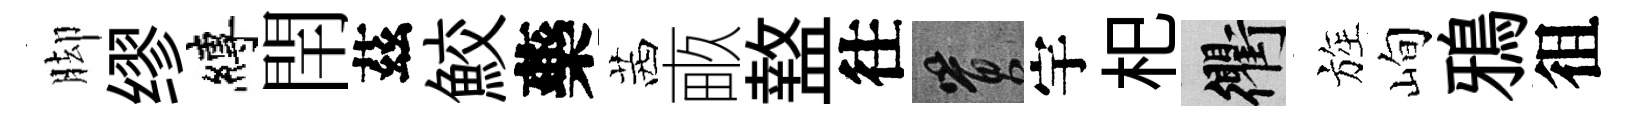
脚缪縛閈茲鮫藥茜畞盩往篔宇𣏌衢旌峋鴉徂